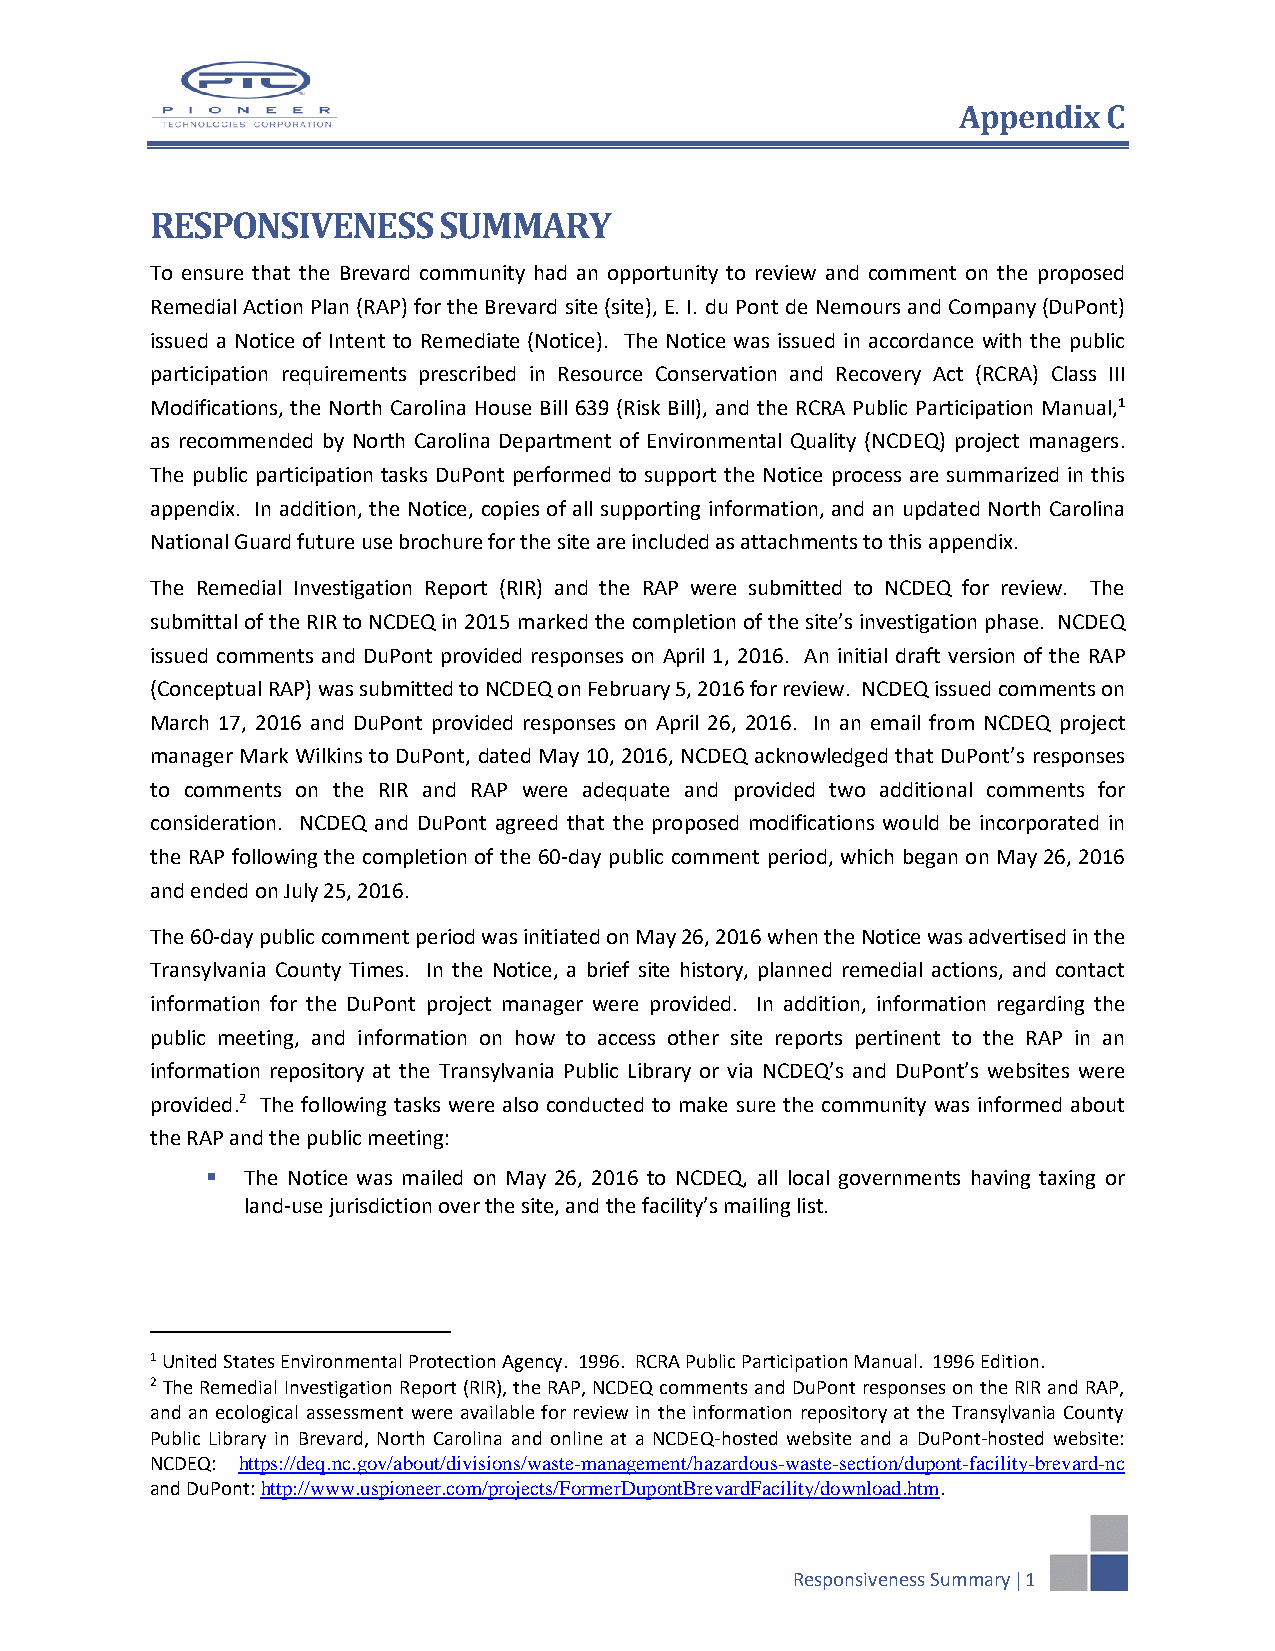
Appendix C
 RESPONSIVENESS     SUMMARY
 To ensure that the Brevard community had an opportunity to review and comment on the proposed
 Remedial Action Plan (RAP) for the Brevard site (site), E. I. du Pont de Nemours and Company (DuPont)
 issued a Notice of Intent to Remediate (Notice). The Notice was issued in accordance with the public
 participation requirements prescribed in Resource Conservation and Recovery Act (RCRA) Class III
 Modifications, the North Carolina House Bill 639 (Risk Bill), and the RCRA Public Participation Manual,1
 as recommended by North Carolina Department of Environmental Quality (NCDEQ) project managers.
 The public participation tasks DuPont performed to support the Notice process are summarized in this
 appendix. In addition, the Notice, copies of all supporting information, and an updated North Carolina
 National Guard future use brochure for the site are included as attachments to this appendix.
 The Remedial Investigation Report (RIR) and the RAP were submitted to NCDEQ for review. The
 submittal of the RIR to NCDEQ in 2015 marked the completion of the site’s investigation phase. NCDEQ
 issued comments and DuPont provided responses on April 1, 2016. An initial draft version of the RAP
 (Conceptual RAP) was submitted to NCDEQ on February 5, 2016 for review. NCDEQ issued comments on
 March 17, 2016 and DuPont provided responses on April 26, 2016. In an email from NCDEQ project
 manager Mark Wilkins to DuPont, dated May 10, 2016, NCDEQ acknowledged that DuPont’s responses
 to comments on the RIR and RAP were adequate and provided two additional comments for
 consideration. NCDEQ and DuPont agreed that the proposed modifications would be incorporated in
 the RAP following the completion of the 60-day public comment period, which began on May 26, 2016
 and ended on July 25, 2016.
 The 60-day public comment period was initiated on May 26, 2016 when the Notice was advertised in the
 Transylvania County Times. In the Notice, a brief site history, planned remedial actions, and contact
 information for the DuPont project manager were provided. In addition, information regarding the
 public meeting, and information on how to access other site reports pertinent to the RAP in an
 information repository at the Transylvania Public Library or via NCDEQ’s and DuPont’s websites were
 provided.2 The following tasks were also conducted to make sure the community was informed about
 the RAP and the public meeting:
  The Notice was mailed on May 26, 2016 to NCDEQ, all local governments having taxing or
 land-use jurisdiction over the site, and the facility’s mailing list.
 1 United States Environmental Protection Agency. 1996. RCRA Public Participation Manual. 1996 Edition.
 2 The Remedial Investigation Report (RIR), the RAP, NCDEQ comments and DuPont responses on the RIR and RAP,
 and an ecological assessment were available for review in the information repository at the Transylvania County
 Public Library in Brevard, North Carolina and online at a NCDEQ-hosted website and a DuPont-hosted website:
 NCDEQ: https://deq.nc.gov/about/divisions/waste-management/hazardous-waste-section/dupont-facility-brevard-nc
 and DuPont: http://www.uspioneer.com/projects/FormerDupontBrevardFacility/download.htm.
 Responsiveness Summary  1